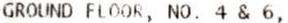
GROUND FLOOR, NO. 4 & 6,